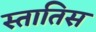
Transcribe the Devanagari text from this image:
स्तातिस